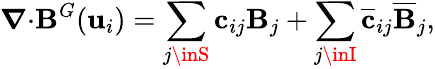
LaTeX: \boldsymbol{\nabla}{\cdot}\boldsymbol{\mathbf{B}}^{G}(\mathbf{{u}}_{i})=\sum_{j\inS}\mathbf{{c}}_{ij}\boldsymbol{\mathbf{B}}_{j}+\sum_{j\inI}\overline{{{\mathbf{{c}}}}}_{ij}\overline{{{\boldsymbol{\mathbf{B}}}}}_{j},